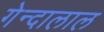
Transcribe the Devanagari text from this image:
गेन्दालाल